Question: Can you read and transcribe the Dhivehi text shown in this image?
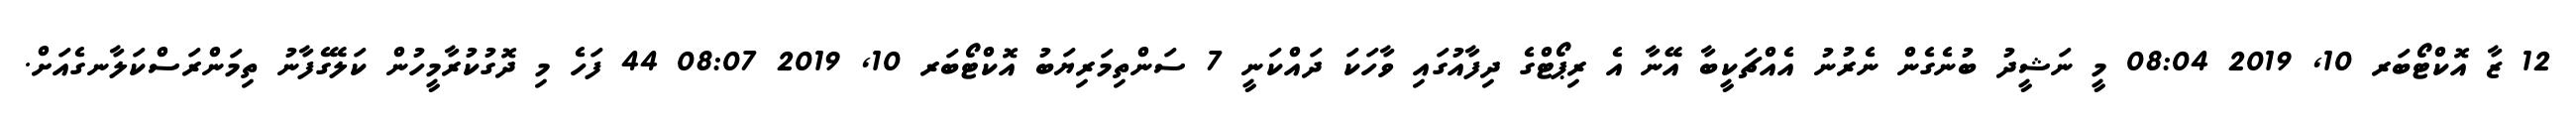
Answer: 12 ޒާ އޮކްޓޯބަރ 10, 2019 08:04 މީ ނަޝީދު ބުނެގެން ނެރުނު އެއްޗަކީބާ އޭނާ އެ ރިޕޯޓްގެ ދިފާއުގައި ވާހަކަ ދައްކަނީ 7 ސަންތިމަރިޔަބު އޮކްޓޯބަރ 10, 2019 08:07 44 ފަހެ މި ދޮގުކުރާމީހުން ކަލޭގެފާނު ތިމަންރަސްކަލާނގެއަށް.